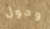
وحول